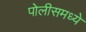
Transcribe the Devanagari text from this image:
पोलीसमध्ये